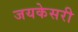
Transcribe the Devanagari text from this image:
जयकेसरी